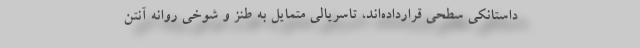
داستانکی سطحی قرارداده‌اند، تاسریالی متمایل به طنز و شوخی روانه آنتن